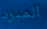
المبرد